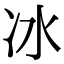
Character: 冰